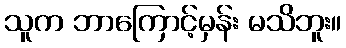
သူက ဘာကြောင့်မှန်း မသိဘူး။